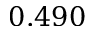
0 . 4 9 0